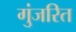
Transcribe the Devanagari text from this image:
गुंजरित